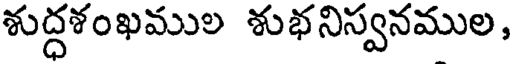
శుద్ధశంఖముల శుభనిస్వనముల,